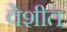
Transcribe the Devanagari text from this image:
वेशीत